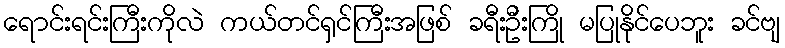
ရောင်းရင်းကြီးကိုလဲ ကယ်တင်ရှင်ကြီးအဖြစ် ခရီးဦးကြို မပြုနိုင်ပေဘူး ခင်ဗျ